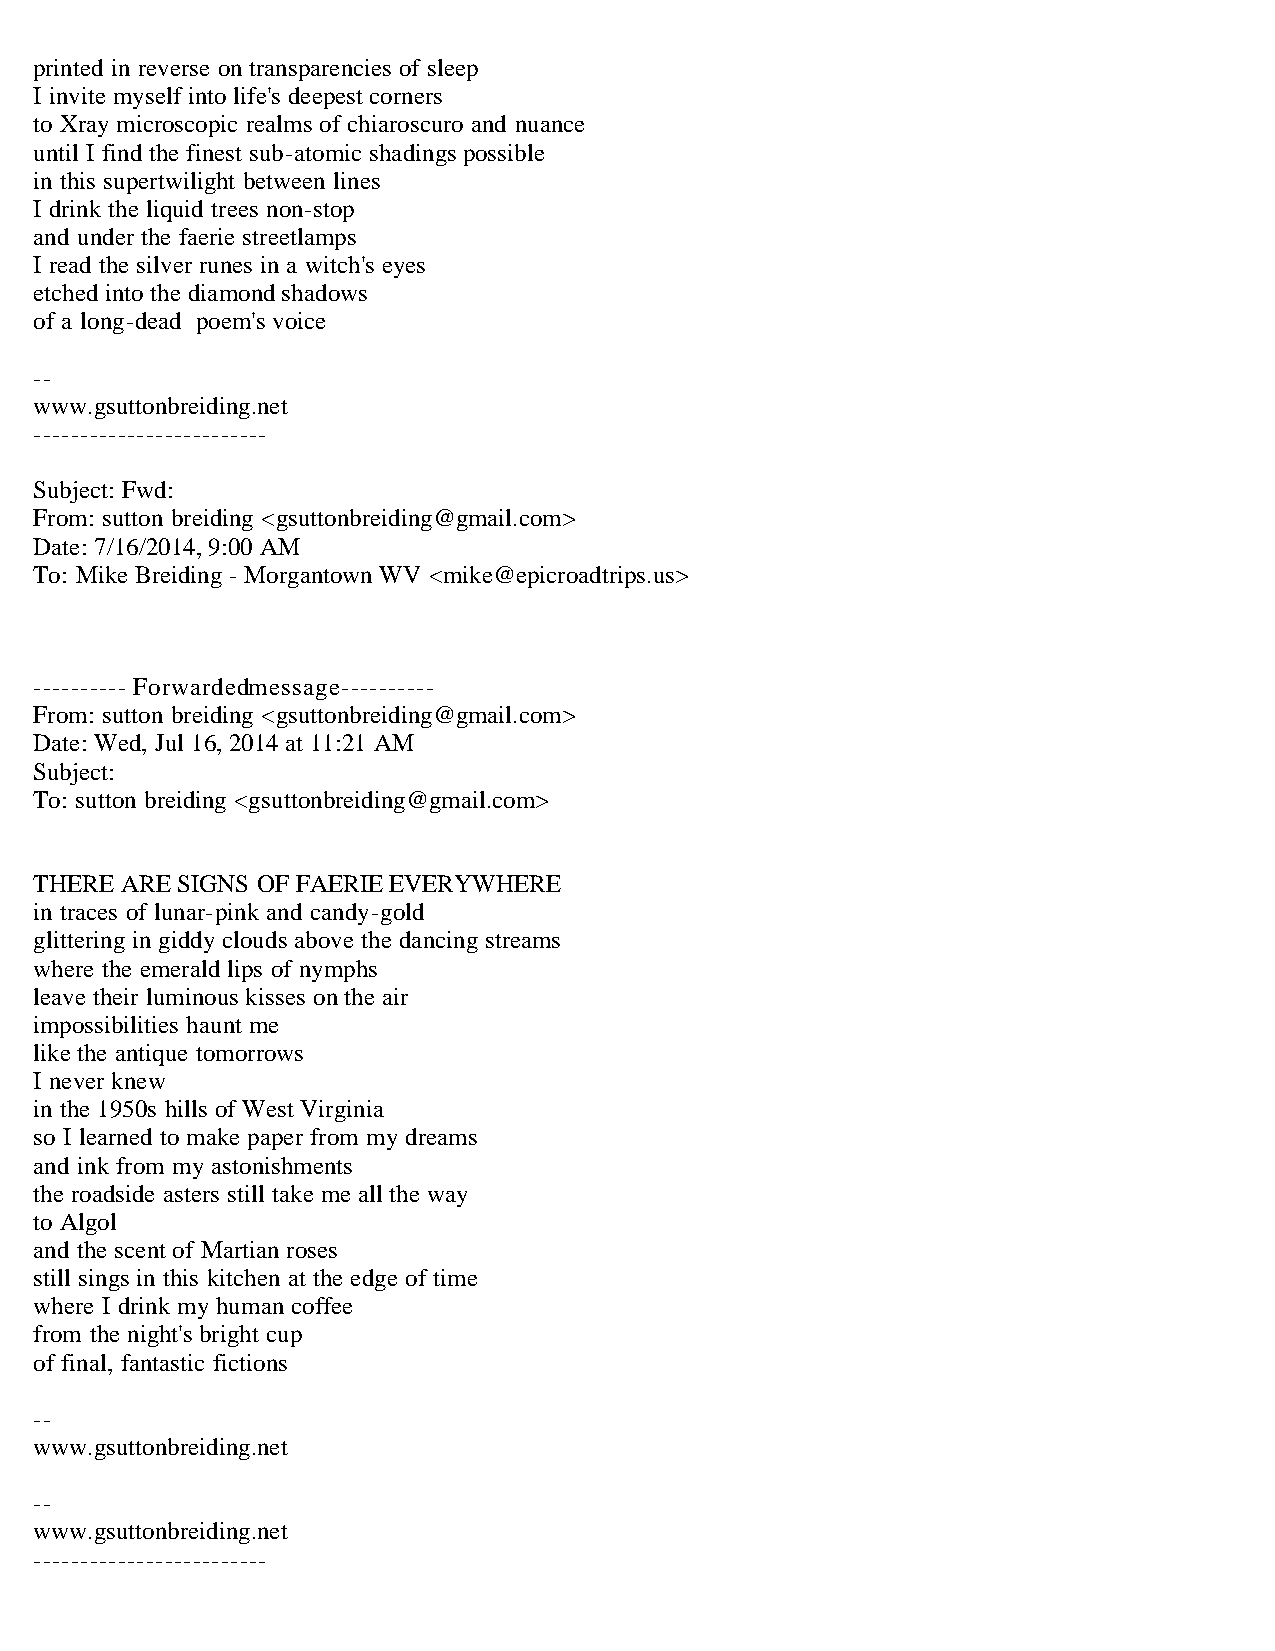
printed in reverse on transparencies of sleep
 I invite myself into life's deepest corners
 to Xray microscopic realms of chiaroscuro and nuance
 until I find the finest sub-atomic shadings possible
 in this supertwilight between lines
 I drink the liquid trees non-stop
 and under the faerie streetlamps
 I read the silver runes in a witch's eyes
 etched into the diamond shadows
 of a long-dead poem's voice
 --
 www.gsuttonbreiding.net
 -------------------------
 Subject: Fwd:
 From: sutton breiding <gsuttonbreiding@gmail.com>
 Date: 7/16/2014, 9:00 AM
 To: Mike Breiding - Morgantown WV <mike@epicroadtrips.us>
 ---------- Forwarded message ----------
 From: sutton breiding <gsuttonbreiding@gmail.com>
 Date: Wed, Jul 16, 2014 at 11:21 AM
 Subject:
 To: sutton breiding <gsuttonbreiding@gmail.com>
 THERE ARE SIGNS OF FAERIE EVERYWHERE
 in traces of lunar-pink and candy-gold
 glittering in giddy clouds above the dancing streams
 where the emerald lips of nymphs
 leave their luminous kisses on the air
 impossibilities haunt me
 like the antique tomorrows
 I never knew
 in the 1950s hills of West Virginia
 so I learned to make paper from my dreams
 and ink from my astonishments
 the roadside asters still take me all the way
 to Algol
 and the scent of Martian roses
 still sings in this kitchen at the edge of time
 where I drink my human coffee
 from the night's bright cup
 of final, fantastic fictions
 --
 www.gsuttonbreiding.net
 --
 www.gsuttonbreiding.net
 -------------------------